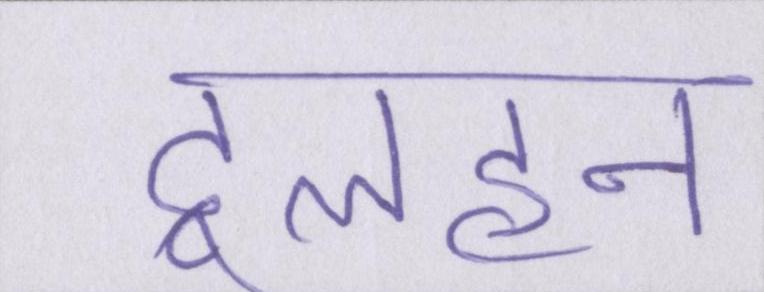
दुलहन